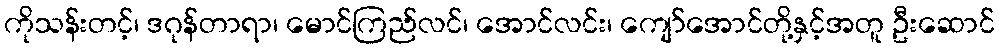
ကိုသန်းတင့်၊ ဒဂုန်တာရာ၊ မောင်ကြည်လင်၊ အောင်လင်း၊ ကျော်အောင်တို့နှင့်အတူ ဦးဆောင်